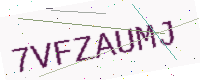
Text: 7VFZAUMJ